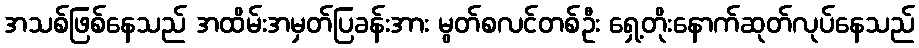
အသစ်ဖြစ်နေသည် အထိမ်းအမှတ်ပြခန်းအား မွတ်စလင်တစ်ဦး ရှေ့တိုးနောက်ဆုတ်လုပ်နေသည်